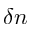
\delta n